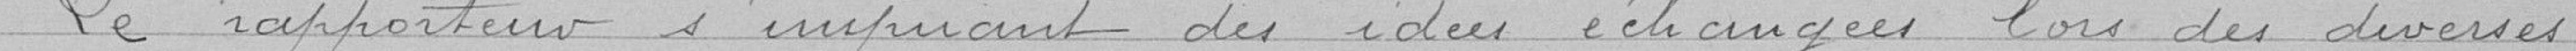
Le rapporteur s'inspirant des idées échangées lors des diverses